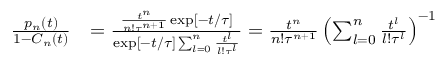
\begin{array} { r l } { \frac { p _ { n } ( t ) } { 1 - C _ { n } ( t ) } } & { = \frac { \frac { t ^ { n } } { n ! \tau ^ { n + 1 } } \exp [ - t / \tau ] } { \exp [ - t / \tau ] \sum _ { l = 0 } ^ { n } \frac { t ^ { l } } { l ! \tau ^ { l } } } = \frac { t ^ { n } } { n ! \tau ^ { n + 1 } } \left( \sum _ { l = 0 } ^ { n } \frac { t ^ { l } } { l ! \tau ^ { l } } \right) ^ { - 1 } } \end{array}